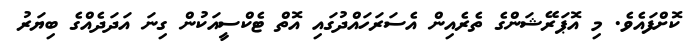
ކޮށްފައެވެ. މި އޮޕަރޭޝަންގެ ތެރެއިން އެސަރަހައްދުގައި އޮތް ޓެކްސީއަކުން ގިނަ އަދަދެއްގެ ބިޔަރު